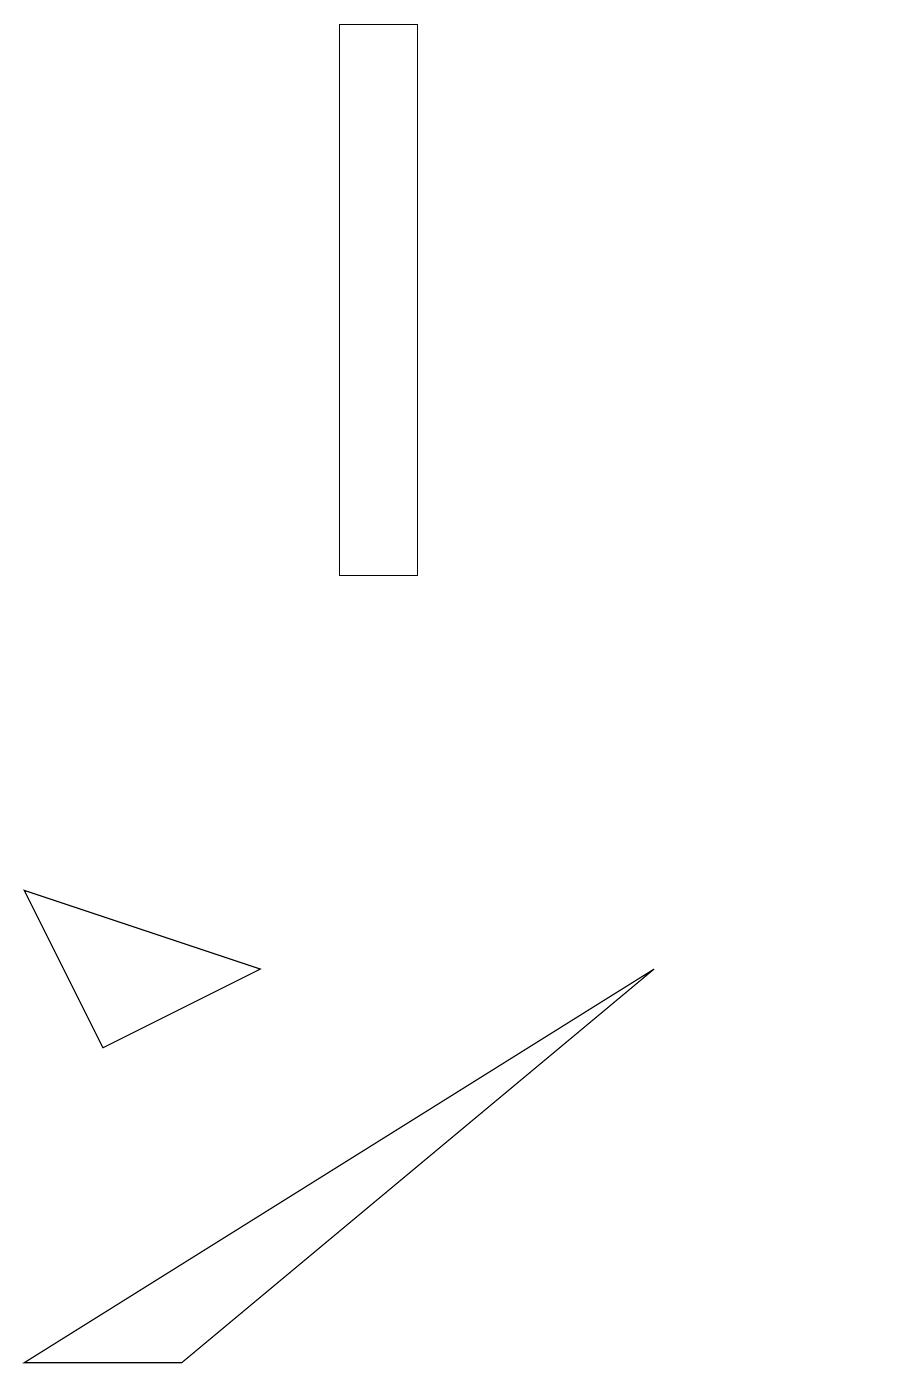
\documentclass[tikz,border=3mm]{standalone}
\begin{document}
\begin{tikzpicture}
\draw (3,2) -- (1,2) -- (9,7) -- cycle;
\draw (4,7) -- (2,6) -- (1,8) -- cycle;
\draw (5,12) rectangle (6,19);
\draw (12,11) circle (0);
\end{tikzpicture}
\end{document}